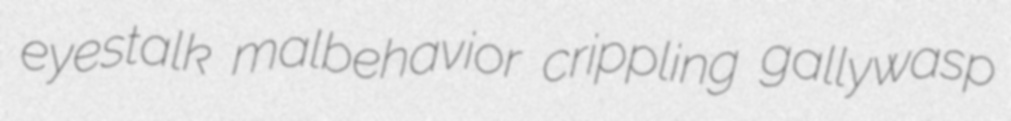
eyestalk malbehavior crippling gallywasp